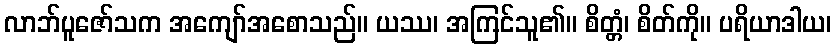
လာဘ်ပူဇော်သက အကျော်အစောသည်။ ယဿ၊ အကြင်သူ၏။ စိတ္တံ၊ စိတ်ကို။ ပရိယာဒါယ၊